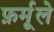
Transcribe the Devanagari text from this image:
फ़र्मूले